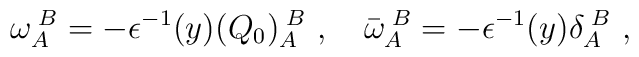
\omega_A^{\;B}=-\epsilon^{-1}(y)(Q_{0})_A^{\;B}\ ,\quad\bar{\omega}_A^{\;B}=-\epsilon^{-1}(y)\delta_A^{\;B}\ ,